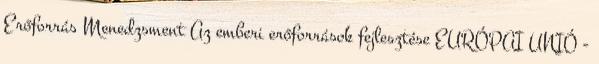
Erőforrás Menedzsment Az emberi erőforrások fejlesztése EURÓPAI UNIÓ -